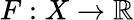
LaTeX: F:X\to\mathbb{R}